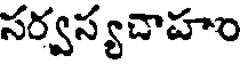
సర్వస్యచాహం